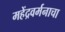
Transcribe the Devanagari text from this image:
महेंद्रवर्मनाचा